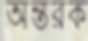
অন্তরক